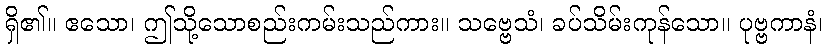
ရှိ၏။ ဧသော၊ ဤသို့သောစည်းကမ်းသည်ကား။ သဗ္ဗေသံ၊ ခပ်သိမ်းကုန်သော။ ပုဗ္ဗကာနံ၊